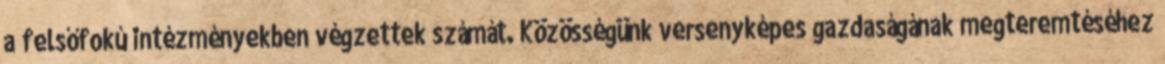
a felsőfokú intézményekben végzettek számát. Közösségünk versenyképes gazdaságának megteremtéséhez